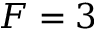
F = 3